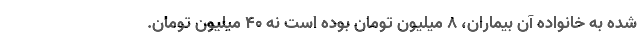
شده به خانواده آن بیماران، ۸ میلیون تومان بوده است نه ۴۰ میلیون تومان.